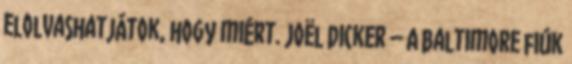
elolvashatjátok, hogy miért. Joël Dicker – A baltimore fiúk